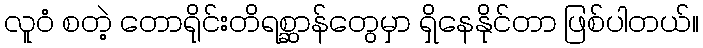
လူဝံ စတဲ့ တောရိုင်းတိရစ္ဆာန်တွေမှာ ရှိနေနိုင်တာ ဖြစ်ပါတယ်။